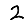
Digit: 2